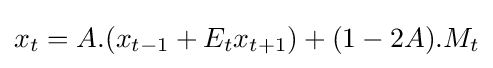
x_{t}=A.(x_{t-1}+E_{t}x_{t+1})+(1-2A).M_{t}